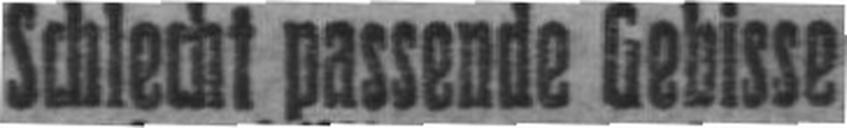
Schlecht passende Gebisse